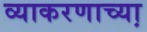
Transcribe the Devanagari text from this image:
व्याकरणाच्या़